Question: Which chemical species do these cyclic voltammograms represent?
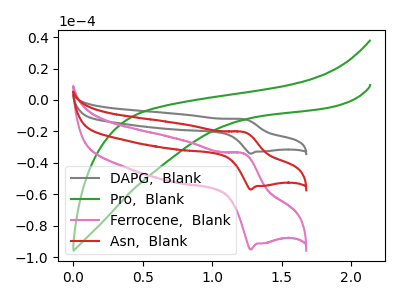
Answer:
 <answer>The gray curve is labeled "DAPG,  Blank". The green curve is labeled "Pro,  Blank". The pink curve is labeled "Ferrocene,  Blank". The red curve is labeled "Asn,  Blank".</answer>
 <eval></eval>